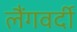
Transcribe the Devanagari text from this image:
लैंगवर्दी